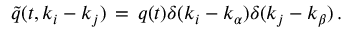
{ \tilde { q } } ( t , k _ { i } - k _ { j } ) \, = \, q ( t ) \delta ( k _ { i } - k _ { \alpha } ) \delta ( k _ { j } - k _ { \beta } ) \, .